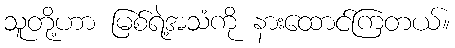
သူတို့ဟာ မြစ်ရဲ့အသံကို နားထောင်ကြတယ်။